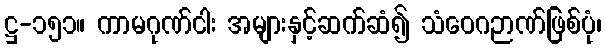
ဋ္ဌ-၁၅၁။ ကာမဂုဏ်ငါး အများနှင့်ဆက်ဆံ၍ သံဝေဂဉာဏ်ဖြစ်ပုံ၊